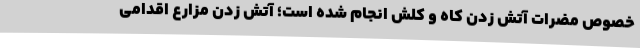
خصوص مضرات آتش زدن کاه و کلش انجام شده است؛ آتش زدن مزارع اقدامی